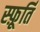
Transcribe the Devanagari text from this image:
स्फ़ूर्ति